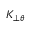
K _ { \perp \theta }